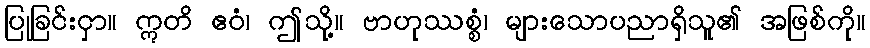
ပြုခြင်းငှာ။ ဣတိ ဧဝံ၊ ဤသို့။ ဗာဟုဿစ္စံ၊ များသောပညာရှိသူ၏ အဖြစ်ကို။